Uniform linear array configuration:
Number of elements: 48
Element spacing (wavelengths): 0.25
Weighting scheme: hann
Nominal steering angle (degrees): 0
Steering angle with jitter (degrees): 0.6812
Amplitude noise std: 0.05
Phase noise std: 0.05

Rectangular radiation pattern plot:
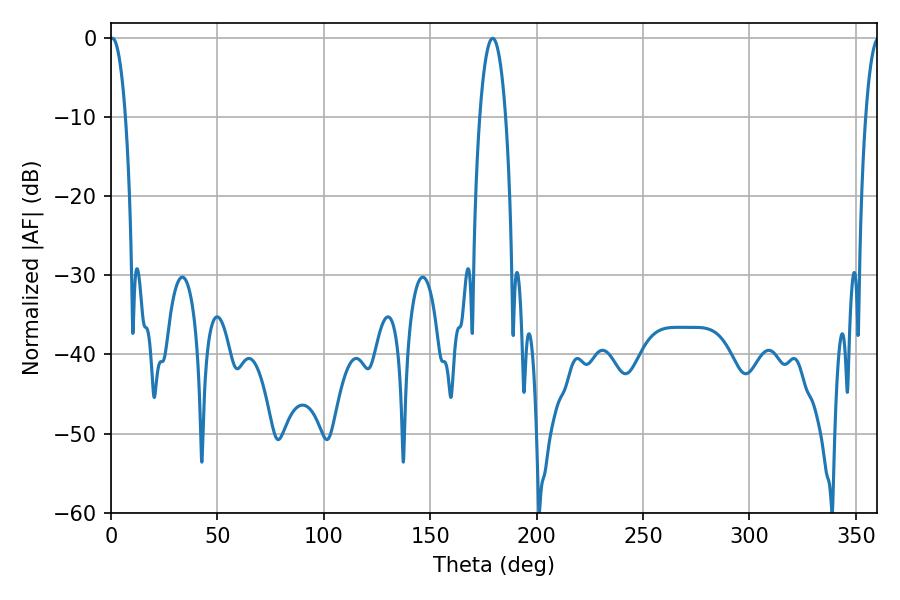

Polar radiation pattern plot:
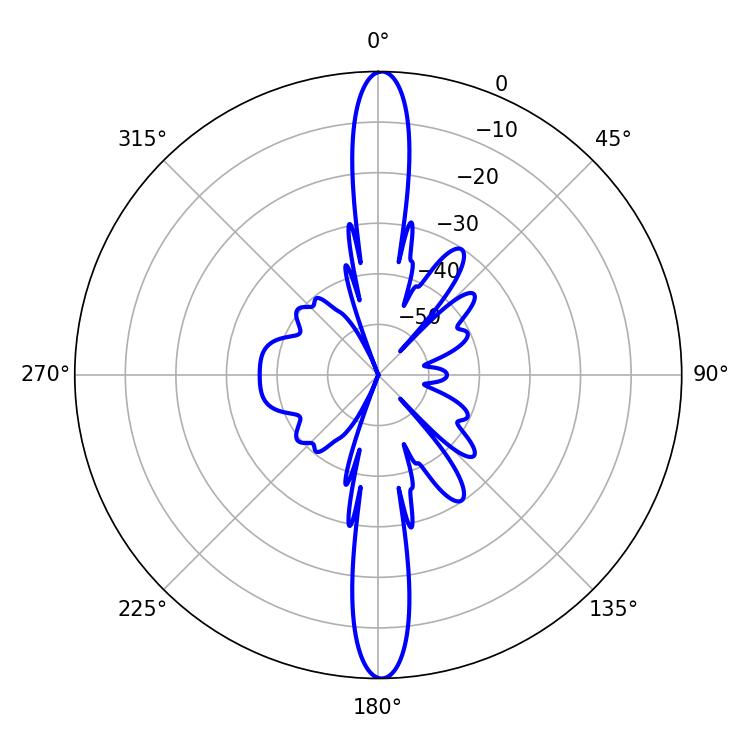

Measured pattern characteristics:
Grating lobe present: FALSE
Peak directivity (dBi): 28.161
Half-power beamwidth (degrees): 6.84
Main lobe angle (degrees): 179.28